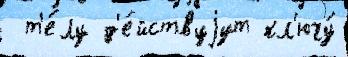
 т'е́лу д'е́йствуjут кл'ючу́